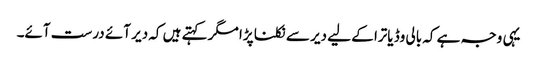
یہی وجہ ہے کہ بالی وڈ یاترا کے لیے دیر سے نکلنا پڑا مگر کہتے ہیں کہ دیر آئے درست آئے۔